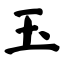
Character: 玉